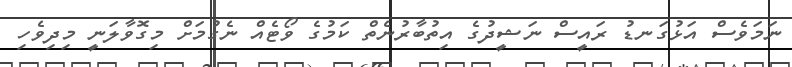
ނަމަވެސް އަޅުގަނޑު ރައީސް ނަޝީދުގެ އިތުބާރުނެތް ކަމުގެ ވޯޓެއް ނެގުމަށް މިގޮވާލަނީ މިދިވެހި